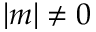
| m | \ne 0